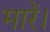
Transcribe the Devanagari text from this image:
मारें।